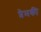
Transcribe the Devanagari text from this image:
प्रेमकी